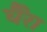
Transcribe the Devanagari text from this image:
र्घैंरा